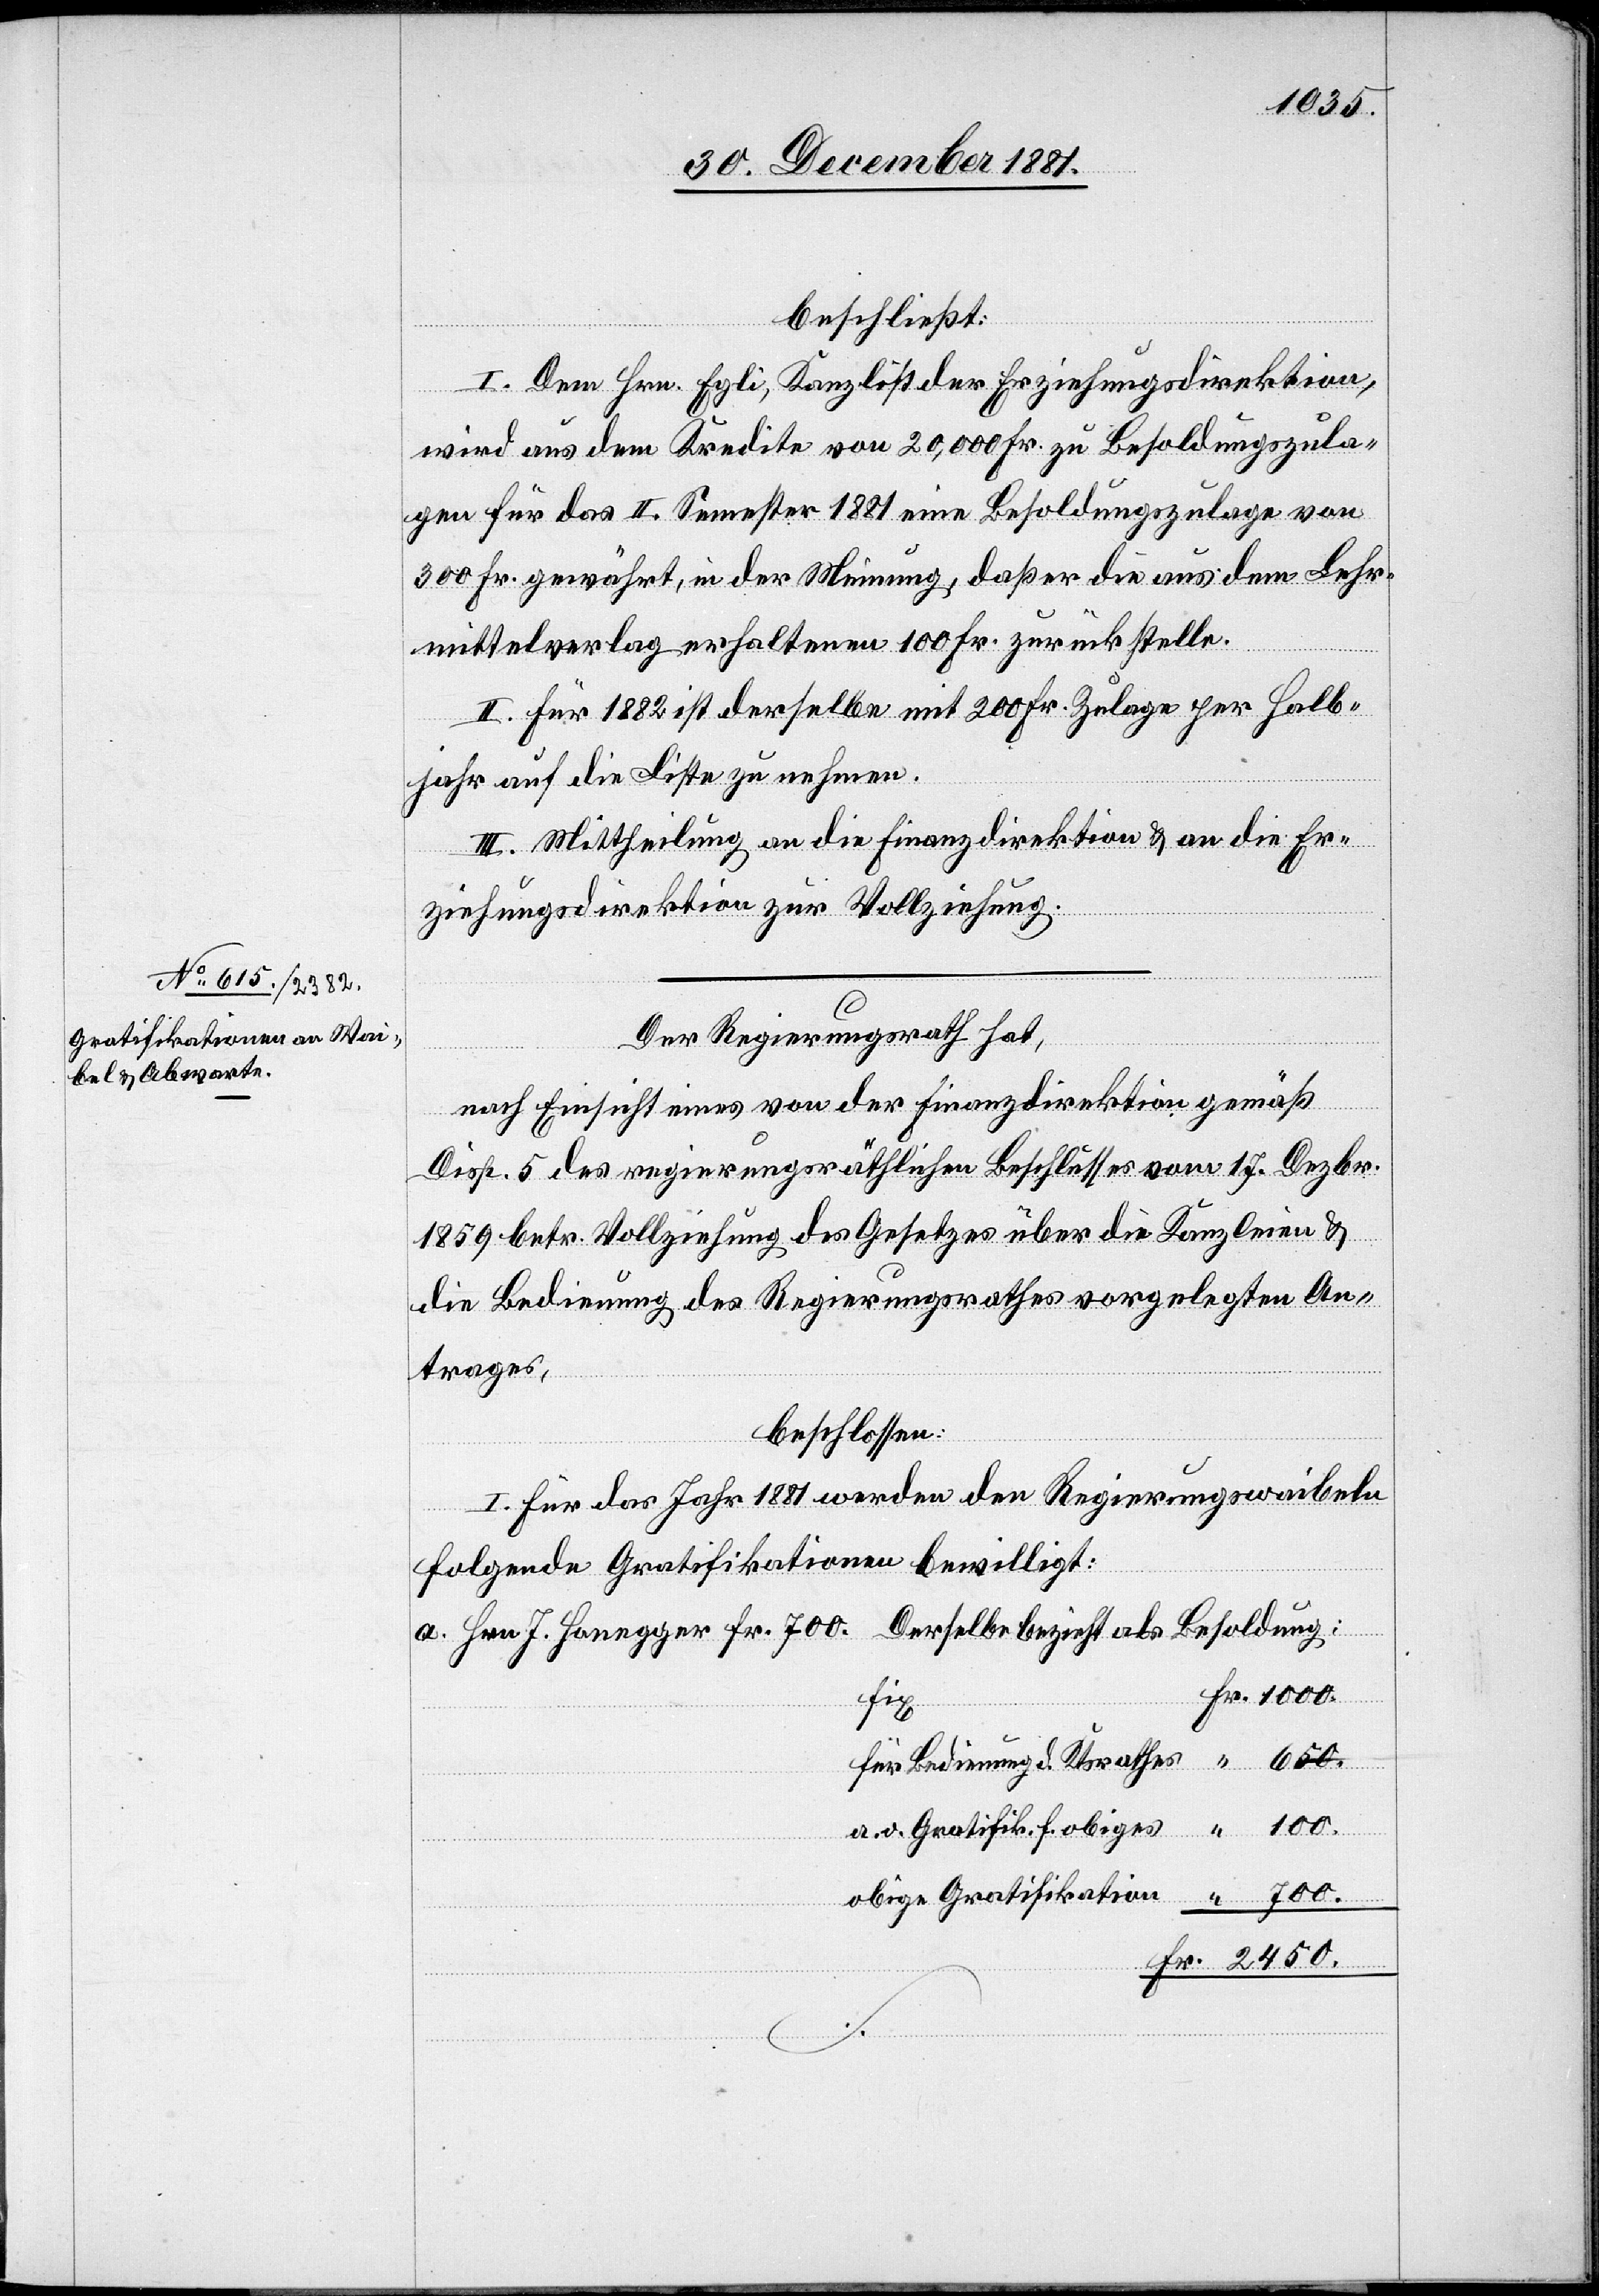
1000.
beschließt:
I. Dem Hrn. Egli, Kanzlist Erziehungsdirektion,
wird aus dem Kredite von 20,000 Fr. zu Besoldungszula¬
gen für das II. Semester 1881 eine Besoldungszulage von
300 Fr. gewährt, in der Meinung, daß er die aus dem Lehr¬
mittelverlag erhaltenen 100 Fr. zurückstelle.
II. Für 1882 ist derselbe mit 200 Fr. Zulage per Halb¬
jahr auf die Liste zu nehmen.
III. Mittheilung an die Finanzdirektion & an die Er¬
ziehungsdirektion zur Vollziehung.
Der Regierungsrath hat,
Fr.
nach Einsicht eines von der Finanzdirektion gemäß
Disp. 5 des regierungsräthlichen Beschlusses vom 17. Dezbr.
1859 betr. Vollziehung des Gesetzes über die Kanzleien &
die Bedienung des Regierungsrathes vorgelegten An¬
trages,
beschlossen:
I. Für das Jahr 1881 werden den Regierungswaibeln
bezieht
folgende Gratifikationen bewilligt:
fix
für Bedienung d. Ktsrathes
“
a. o. Gratifikation f. obiges
obige Gratifikation
“
700.